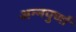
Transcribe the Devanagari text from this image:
अन्‍नपुर्णा